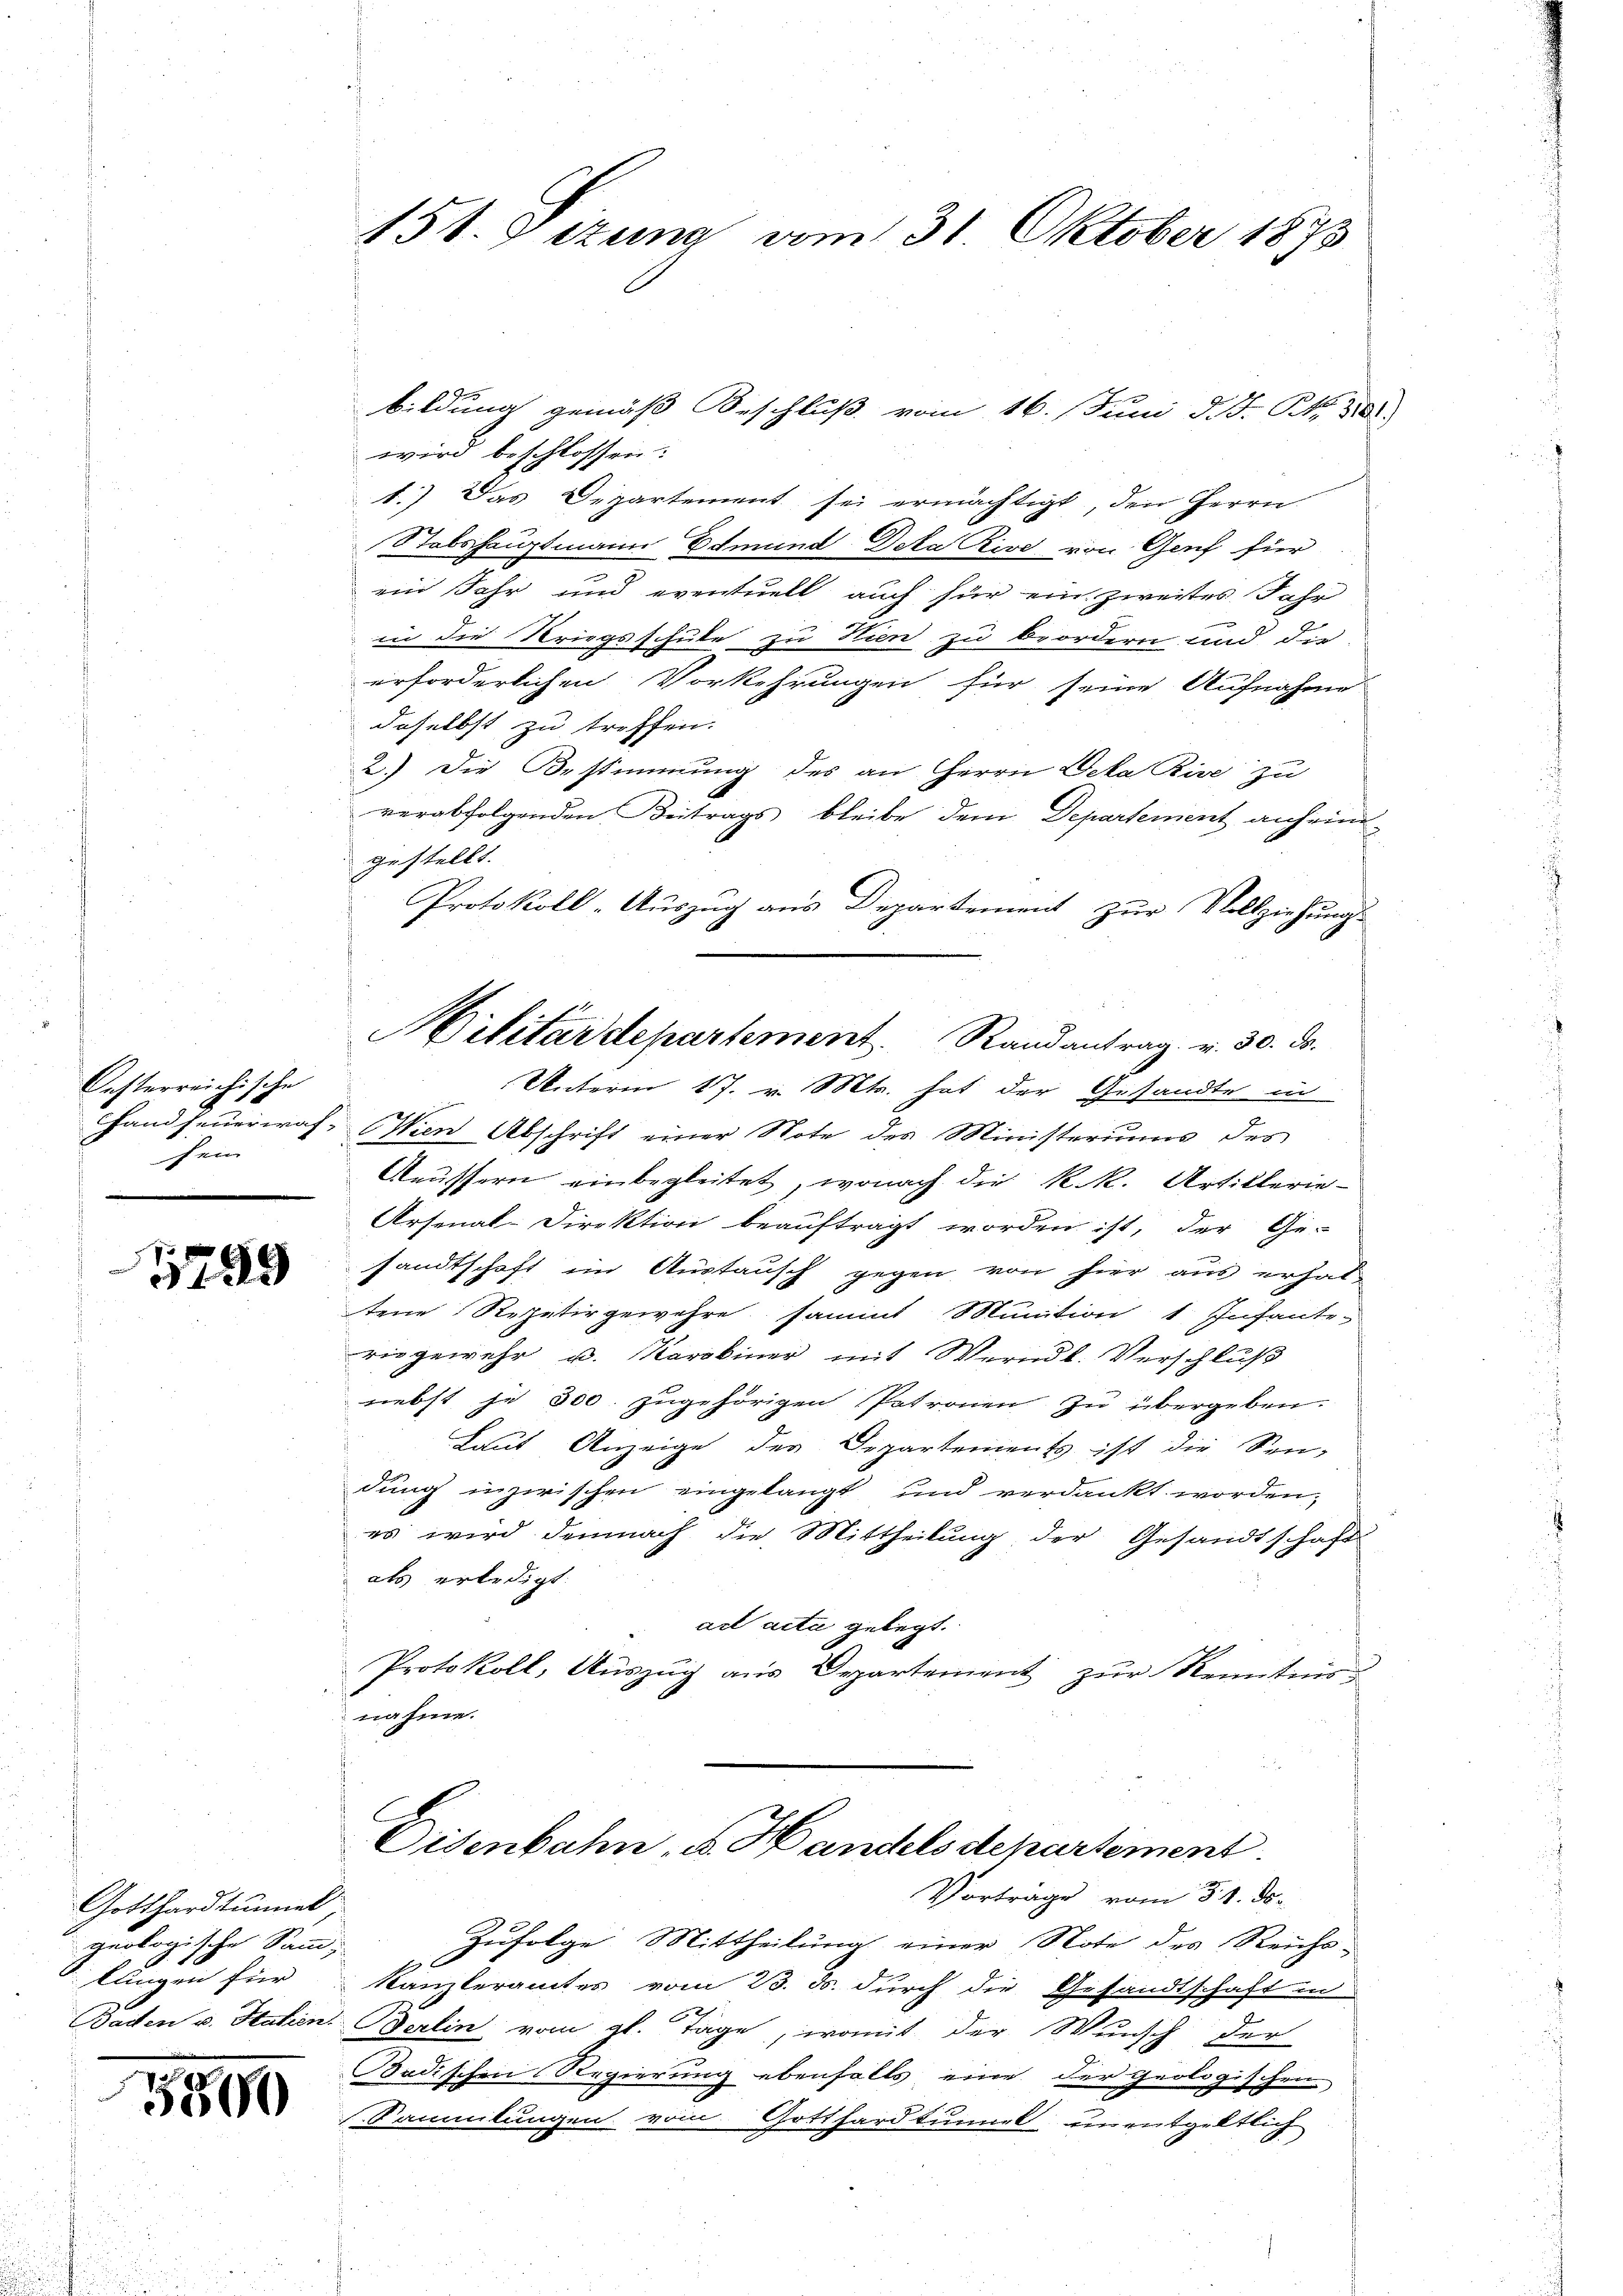
Oesterreichische
G
hein

5799

Gotthardtunnel,
geologische Samm-
lungen für

899

bildung gemäß Beschluß vom 16. Juni d. J. R. 381
wird beschlossen:
1.) Das Departement sei ermächtigt, den Herrn
Stabshauptmann Edmund Deka Rive von Genf für
ein Jahr und eventuell auch für ein zweites Jahr
in die Kriegsschute zu Kien zu beordern und die
erforderlichen Vorkehrungen für seine Aufnahme
daselbst zu treffen.
2.) Die Bestimmung des an Herrn Deka Rise zu
verabfolgenden Beitrags bleibe dem Departement anheimgestellt.
Protokoll-Auszug aus Departement zur Vollziehungs-
Unterm 17. v. Mts. hat der Gesandte in
Handfeuerwas- Wien Abschrift einer Note des Ministeriums des
Aeussern einbegleitet, wonach die k.k. Artillerie¬
Arsenal-Direktion beauftragt worden ist, der Ge-
sandtschaft im Austausch gegen von hier aus erhal-
tene Repetirgewahre sammt Munition 1. Infante-
riegewehr u. Karoliner mit Werndl. Verschluß
nebst je 300. zugehörigen Patronen zu übergeben.
Laut Anzeige der Departements ist die Sendung inzwischen eingelangt und verdankt worden,
es wird demnach die Mittheilung der Gesandtschaft
als erledigt.
ad acta gelegt.
Protokoll, Auszug aus Departement zur Kenntnis,
nahme.
Eisenbahn, u. Handelsdepartement.
Vorträge vom 31. ds.
Zufolge Mittheilung einer Note des Reichs-
4 x
Kanzleramtes vom 23. ds. durch die Gesandtschaft in
2
Baden v. Stahen Berlin vom 21. Tage, womit der Wunsch der
Badischen Regierung ebenfalls eine der Geolo
ischen
einge
Sammlungen vom Gotthardtunnt unentgeltlich

151. Sizung vom 31. Oktober 1873

Militärdepartement Randantrag v. 30. ds.